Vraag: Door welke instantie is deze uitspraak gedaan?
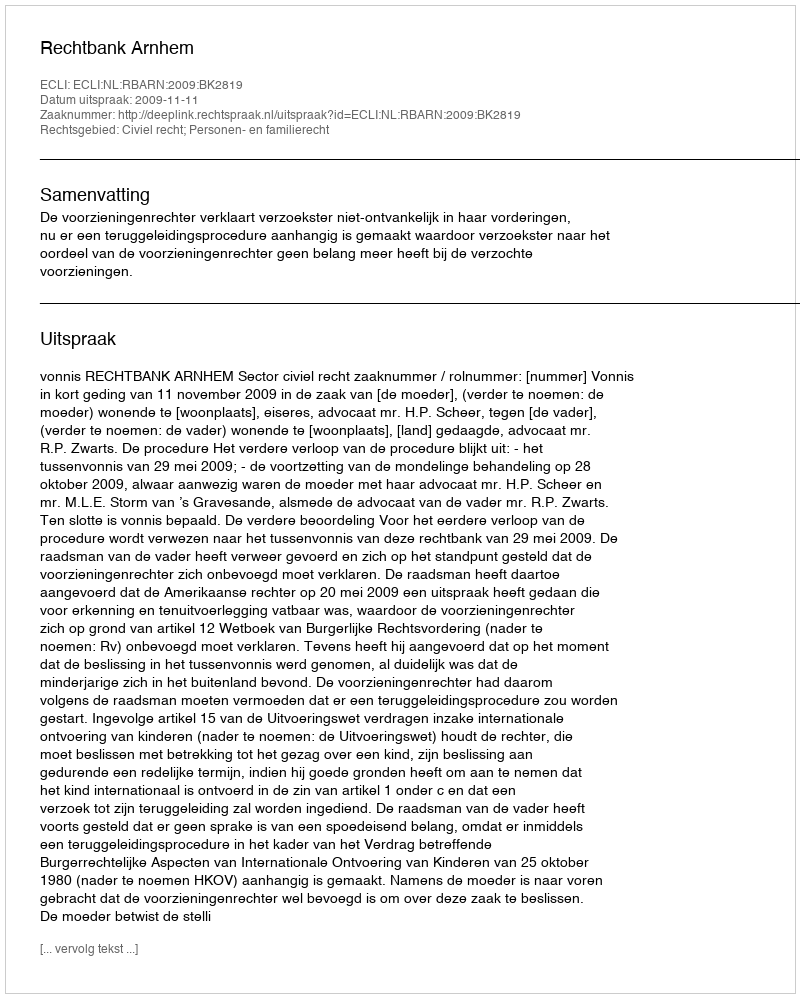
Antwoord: Rechtbank Arnhem